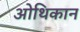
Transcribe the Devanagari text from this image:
ओथिकान